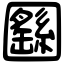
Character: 㘥